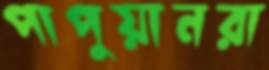
পাপুয়ানরা